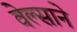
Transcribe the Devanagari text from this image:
वेल्साने